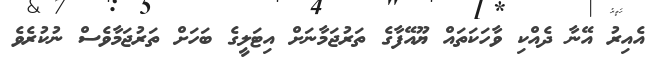
އެއިރު އޭނާ ދެއްކި ވާހަކަތައް ޔޫއޭފާގެ ތަރުޖަމާނަށް އިޓަލީގެ ބަހަށް ތަރުޖަމާވެސް ނުކުރެވެ